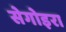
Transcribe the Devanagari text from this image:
सेगोइरा